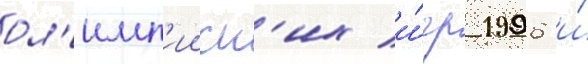
ол'имп'ииск'их и́гр 1996 и́